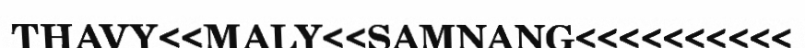
THAVY<<MALY<<SAMNANG<<<<<<<<<<